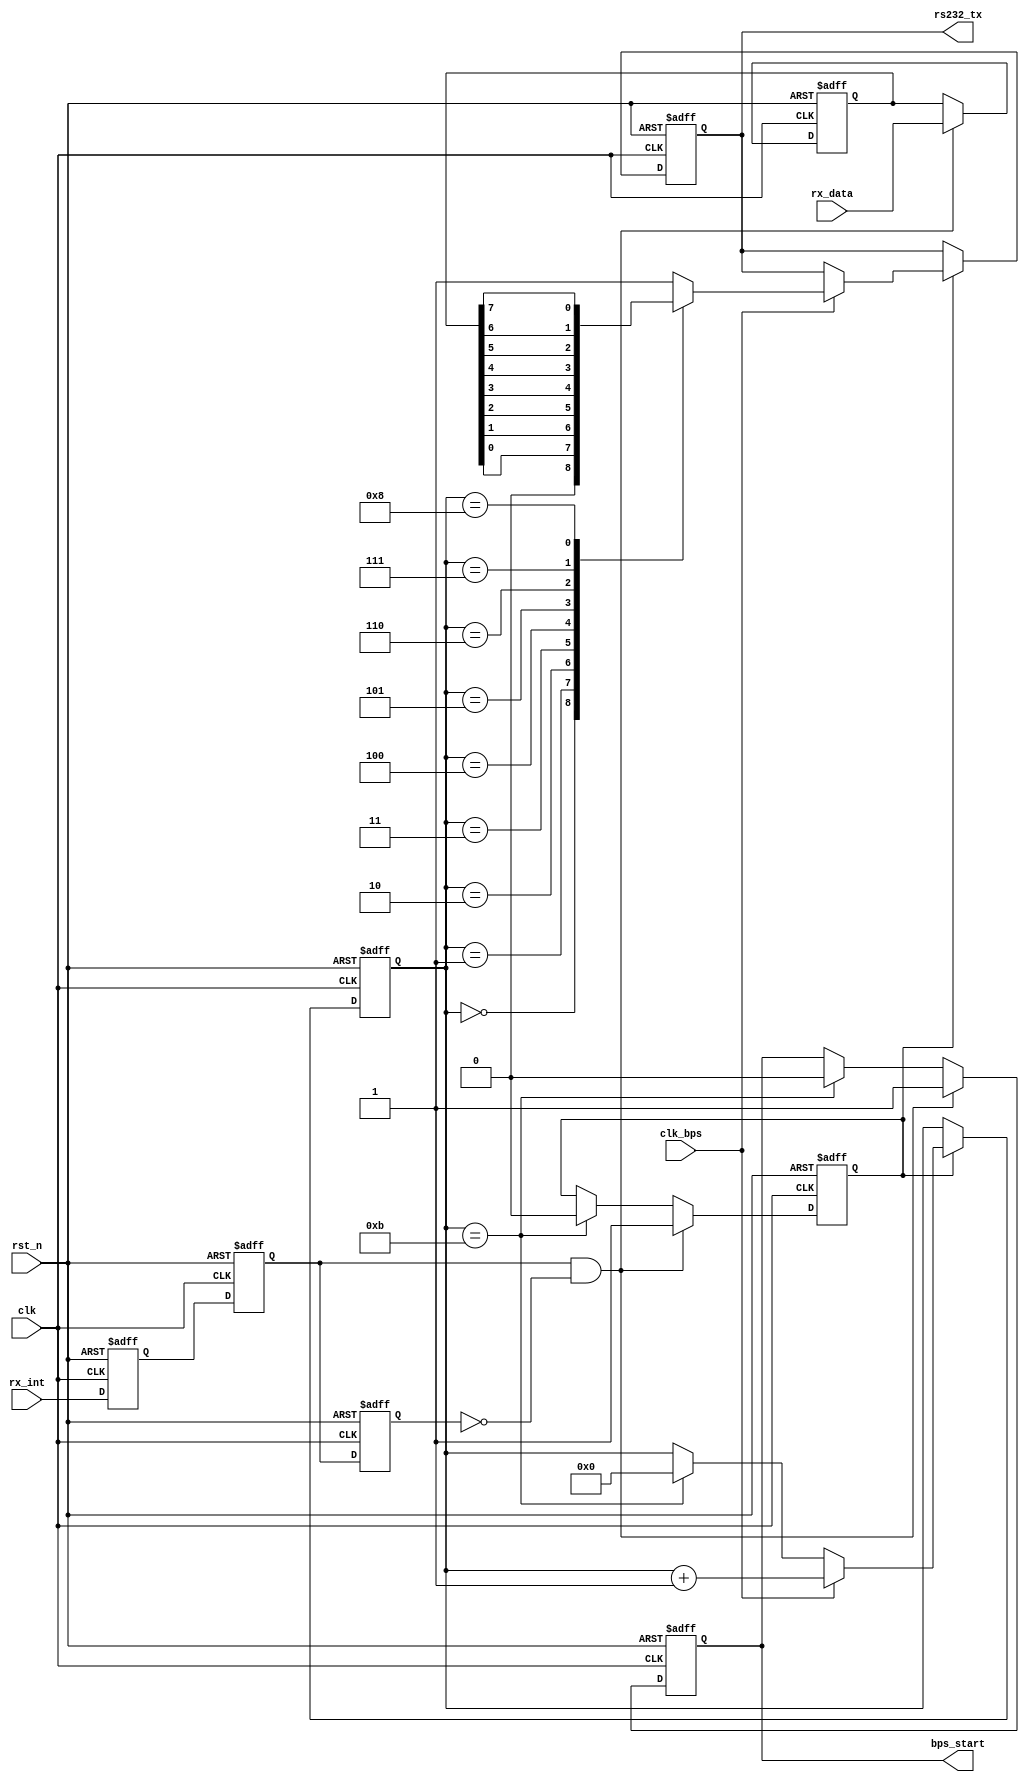
`timescale 1ns / 1ps
////////////////////////////////////////////////////////////////////////////////
// Company: 
// Engineer:
//
// Design Name:    
// Module Name:    my_uart_rx
// Project Name:   
// Target Device:  
// Tool versions:  
// Description:
//
// Dependencies:
// 
// Revision:
// Revision 0.01 - File Created
// Additional Comments:
// 
////////////////////////////////////////////////////////////////////////////////
module my_uart_tx(clk,rst_n,clk_bps,rx_data,rx_int,rs232_tx,bps_start);

input clk;			// 50MHz
input rst_n;		//
input clk_bps;		// clk_bps
input[7:0] rx_data;	//
input rx_int;		//,,
output rs232_tx;	// RS232
output bps_start;	//

//---------------------------------------------------------
reg rx_int0,rx_int1,rx_int2;	//rx_int
wire pos_rx_int;				// rx_int

always @ (posedge clk or negedge rst_n) begin
	if(!rst_n) begin
			rx_int0 <= 1'b0;
			rx_int1 <= 1'b0;
			rx_int2 <= 1'b0;
		end
	else begin
			rx_int0 <= rx_int;
			rx_int1 <= rx_int0;
			rx_int2 <= rx_int1;
		end
end

assign pos_rx_int =  rx_int1 & ~rx_int2;	//neg_rx_int

//---------------------------------------------------------
reg[7:0] tx_data;	//
//---------------------------------------------------------
reg bps_start_r;
reg tx_en;	//
reg[3:0] num;

always @ (posedge clk or negedge rst_n) begin
	if(!rst_n) begin
			bps_start_r <= 1'bz;
			tx_en <= 1'b0;
			tx_data <= 8'd0;
		end
	else if(pos_rx_int) begin	//
			bps_start_r <= 1'b1;
			tx_data <= rx_data;	//
			tx_en <= 1'b1;		//
		end
	else if(num==4'd11) begin	//
			bps_start_r <= 1'b0;
			tx_en <= 1'b0;
		end
end

assign bps_start = bps_start_r;

//---------------------------------------------------------
reg rs232_tx_r;

always @ (posedge clk or negedge rst_n) begin
	if(!rst_n) begin
			num <= 4'd0;
			rs232_tx_r <= 1'b1;
		end
	else if(tx_en) begin
			if(clk_bps)	begin
					num <= num+1'b1;
					case (num)
						4'd0:	rs232_tx_r <= 1'b0; 	//
						4'd1:	rs232_tx_r <= tx_data[0];	//bit0
						4'd2:	rs232_tx_r <= tx_data[1];	//bit1
						4'd3: rs232_tx_r <= tx_data[2];	//bit2
						4'd4: rs232_tx_r <= tx_data[3];	//bit3
						4'd5: rs232_tx_r <= tx_data[4];	//bit4
						4'd6: rs232_tx_r <= tx_data[5];	//bit5
						4'd7:	rs232_tx_r <= tx_data[6];	//bit6
						4'd8: rs232_tx_r <= tx_data[7];	//bit7
						4'd9: rs232_tx_r <= 1'b1;	//
					 	default: rs232_tx_r <= 1'b1;
						endcase
				end
			else if(num==4'd11) num <= 4'd0;	//
		end
end

assign rs232_tx = rs232_tx_r;

endmodule